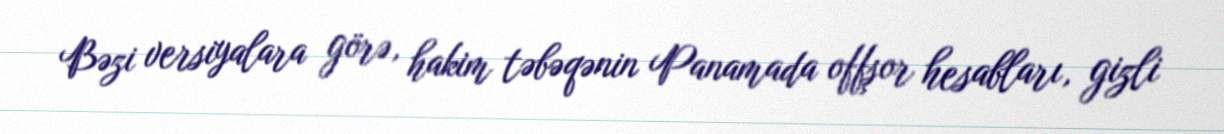
Bəzi versiyalara görə, hakim təbəqənin Panamada offşor hesabları, gizli